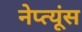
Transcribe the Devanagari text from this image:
नेप्त्यूंस